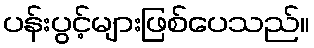
ပန်းပွင့်များဖြစ်ပေသည်။